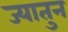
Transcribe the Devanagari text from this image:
ज्यातुन